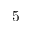
5